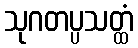
သုဂတပ္ပသတ္ထံ